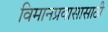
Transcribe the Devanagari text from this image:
विमानप्रवासासाठी